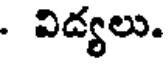
. విడ్యలు.